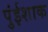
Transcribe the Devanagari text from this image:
पुंईशाक